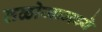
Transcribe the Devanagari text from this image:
तळोजामध्ये